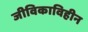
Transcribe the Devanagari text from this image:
जीविकाविहीन